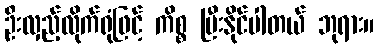
ဦးလှည့်လိုက်ရုံဖြင့် ကိစ္စ ပြီးနိုင်ပါတယ် ဘုရား။